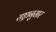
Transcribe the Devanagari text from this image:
राष्ट्रानुसार